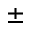
\pm